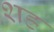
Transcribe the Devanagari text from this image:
शह्र